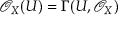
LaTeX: { \mathcal { O } } _ { X } ( U ) = \Gamma ( U , { \mathcal { O } } _ { X } )